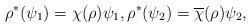
LaTeX: \begin{align*}\rho^*(\psi_1)=\chi(\rho)\psi_1,\rho^*(\psi_2)=\overline{\chi}(\rho)\psi_2,\end{align*}